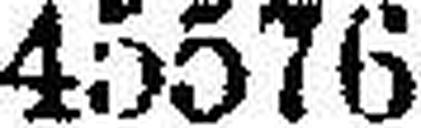
45576